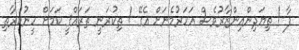
ފާ ! ތިޔަދިންއިންޒާރުވެސް އަހަރުމެނަށް އެގޭ ! ތިކުރަނީ ތަރައްޤީ ކަމަށް ހީނުކުރާތި